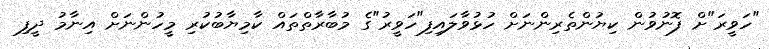
"ހަވީރަ"ށް ފޮނުވުން ކިޔުންތެރިންނަށް ހުޅުވާލައިފި"ހަވީރު"ގެ މުބާރާތްތައް ކާމިޔާބުކުރި މީހުންނަށް އިނާމު ދީފި